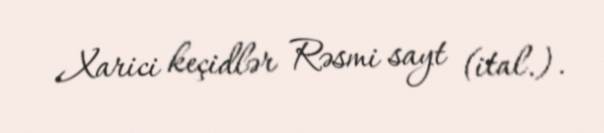
Xarici keçidlər Rəsmi sayt (ital.).